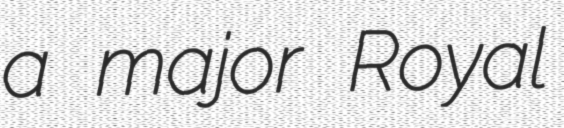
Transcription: a major Royal